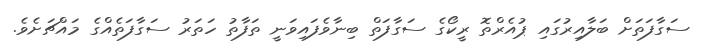
ސަގާފަތަށް ބަލާއިރުގައި ޕުއެރްތޮ ރީކޯގެ ސަގާފަތް ބިނާވެފައިވަނީ ތަފާތު ހަތަރު ސަގާފަތެއްގެ މައްޗަށެވެ.